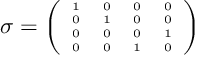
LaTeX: \sigma = { \tiny \left( \begin{array} { c c c c } { { 1 } } & { { 0 } } & { { 0 } } & { { 0 } } \\ { { 0 } } & { { 1 } } & { { 0 } } & { { 0 } } \\ { { 0 } } & { { 0 } } & { { 0 } } & { { 1 } } \\ { { 0 } } & { { 0 } } & { { 1 } } & { { 0 } } \end{array} \right) }